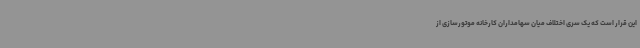
این قرار است که یک سری اختلاف میان سهامداران کارخانه موتورسازی از